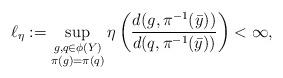
LaTeX: \begin{align*}\ell _\eta := \sup _{\substack{g,q \in \phi (Y) \\ \pi (g)=\pi(q)} } \eta \left( \frac{d(g, \pi^{-1} (\bar y))}{d(q, \pi^{-1} (\bar y))} \right) <\infty ,\end{align*}